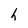
Character: h